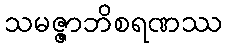
သမဇ္ဇာဘိစရဏဿ